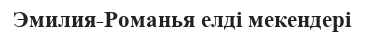
Эмилия-Романья елді мекендері